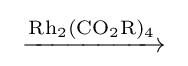
{{}\mathrel {\xrightarrow {\mathrm {Rh} {\vphantom {A}}_{\smash[{t}]{2}}(\mathrm {CO} {\vphantom {A}}_{\smash[{t}]{2}}\mathrm {R} ){\vphantom {A}}_{\smash[{t}]{4}}} } {}}